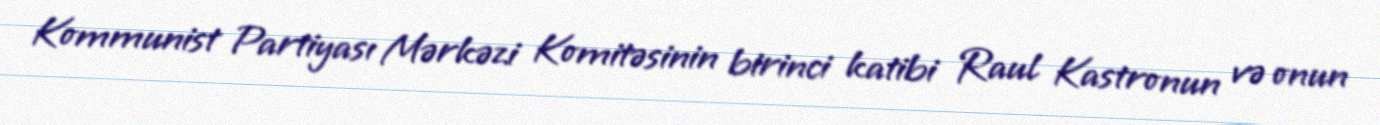
Kommunist Partiyası Mərkəzi Komitəsinin birinci katibi Raul Kastronun və onun